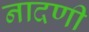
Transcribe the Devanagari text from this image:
नादणी